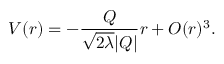
V ( r ) = - \frac { Q } { \sqrt { 2 \lambda } | Q | } r + { \cal { O } } ( r ) ^ { 3 } .